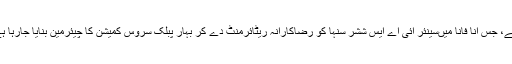
بابو کنور سنگھ کے’وجے دیوس‘ کو ہی واحد مثال نہ مانا جائے، جس آناً فاناً میںسینئر آئی اے ایس ششر سنہا کو رضاکارانہ ریٹائرمنٹ دے کر بہار پبلک سروس کمیشن کا چیئرمین بنایا جارہا ہے،وہ بھی کانگریس کے قدم کو بے اثر کرنے کی کوشش ہے۔